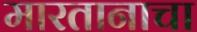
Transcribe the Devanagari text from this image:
मारतानाचा